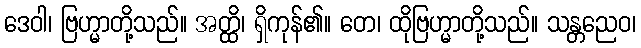
ဒေဝါ၊ ဗြဟ္မာတို့သည်။ အတ္ထိ၊ ရှိကုန်၏။ တေ၊ ထိုဗြဟ္မာတို့သည်။ သန္တညေဝ၊